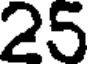
25